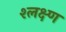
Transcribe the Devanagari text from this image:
श्लक्ष्ण